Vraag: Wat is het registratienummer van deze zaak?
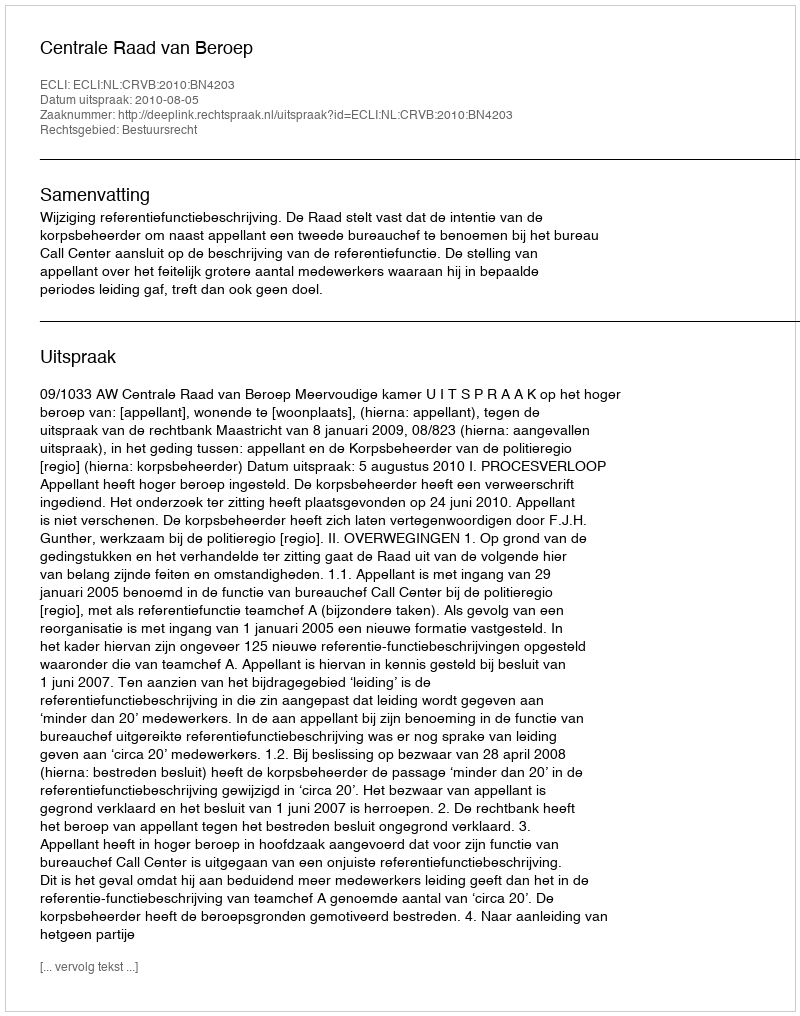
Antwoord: http://deeplink.rechtspraak.nl/uitspraak?id=ECLI:NL:CRVB:2010:BN4203